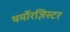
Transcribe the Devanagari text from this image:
थर्मोरज़िस्टर